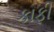
કાફી